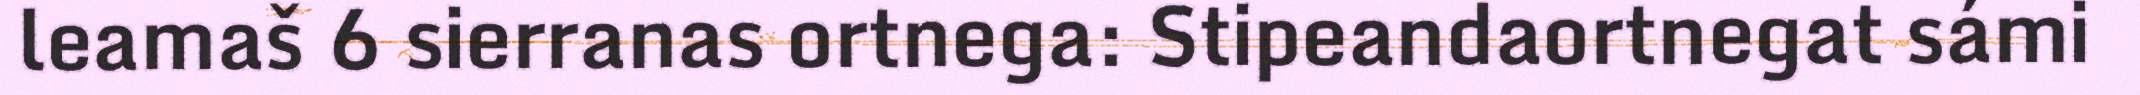
leamaš 6 sierranas ortnega: Stipeandaortnegat sámi